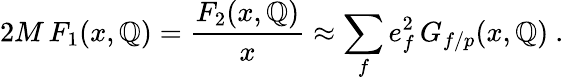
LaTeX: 2M\, F_{1}(x,\mathbb{Q})={\frac{{F_{2}(x,\mathbb{Q})}}{{x}}}\approx\sum_{f}e_{f}^{2}\, G_{f/p}(x,\mathbb{Q})\ .